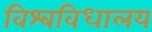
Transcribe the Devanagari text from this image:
विश्‍वविधालय